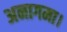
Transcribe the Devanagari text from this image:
अनागमा।